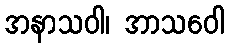
အနာသဝါ၊ အာသဝေါ